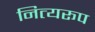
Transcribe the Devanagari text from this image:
नित्यरूप